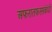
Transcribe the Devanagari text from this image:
अफरातफरसंबंधी